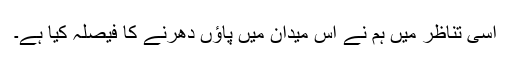
اسی تناظر میں ہم نے اس میدان میں پاؤں دھرنے کا فیصلہ کیا ہے۔